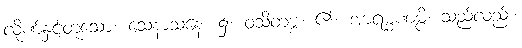
လိုဏ်နှင့်တူသော။ သေနာသနေ၊ ၌။ ဝသိတဗ္ဗံ၊ ၏။ အာရမ္မဏမ္ပိ၊ သည်လည်း။